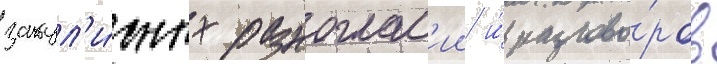
закул'и́сных разноглас'ии и́ разгово́ров